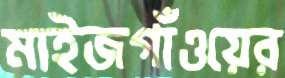
মাইজগাঁওয়ের